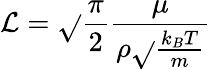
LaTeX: \mathcal{L}=\sqrt{}{{\frac{{\pi}}{{2}}}}\frac{{\mu}}{{\rho\sqrt{}{{\frac{{k_{B}T}}{{m}}}}}}